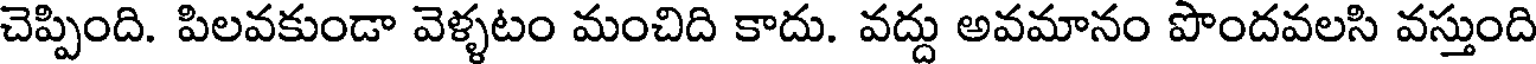
చెప్పింది. పిలవకుండా వెళ్ళటం మంచిది కాదు. వద్దు అవమానం పొందవలసి వస్తుంది